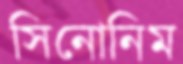
সিনোনিম